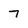
Character: 7